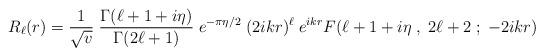
\begin{align*}R_\ell (r) = {1\over \sqrt v} \; {\Gamma (\ell + 1+i\eta)\over \Gamma (2\ell +1)}\;e^{-\pi\eta/2} \; (2ikr)^\ell \; e^{ikr} F(\ell + 1+i\eta\;,\; 2\ell +2\; ;\; -2ikr)\end{align*}